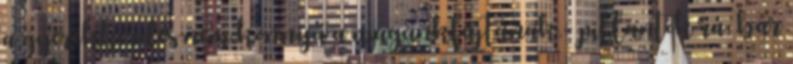
a gyerekkérdés nem könnyű a magunkfajtának.- pillantok rá, bár